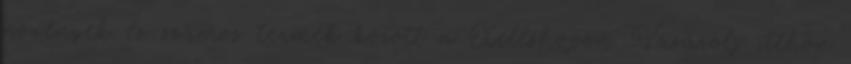
növények és számos termék között a Xellshopon. Vásárolj itthon